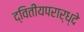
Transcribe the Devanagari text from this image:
द्वितीयपरार्ध्दे